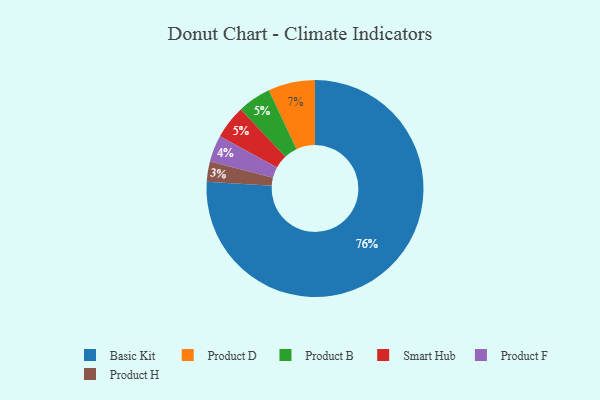
{"axis": {"x": "Category", "y": "Percentage"}, "legend": ["Basic Kit", "Product B", "Product D", "Product F", "Product H", "Smart Hub"], "data": [{"x": "Product F", "y": 4, "type": "Product F"}, {"x": "Product B", "y": 5, "type": "Product B"}, {"x": "Product H", "y": 3, "type": "Product H"}, {"x": "Smart Hub", "y": 5, "type": "Smart Hub"}, {"x": "Basic Kit", "y": 76, "type": "Basic Kit"}, {"x": "Product D", "y": 7, "type": "Product D"}]}